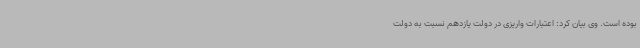
بوده است. وی بیان کرد: اعتبارات واریزی در دولت یازدهم نسبت به دولت